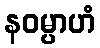
နဝမ္ပာဟံ